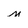
Character: n